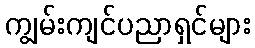
ကျွမ်းကျင်ပညာရှင်များ